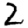
Digit: 2